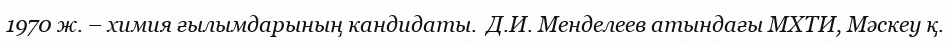
1970 ж. – химия ғылымдарының кандидаты.  Д.И. Менделеев атындағы МХТИ, Мәскеу қ.